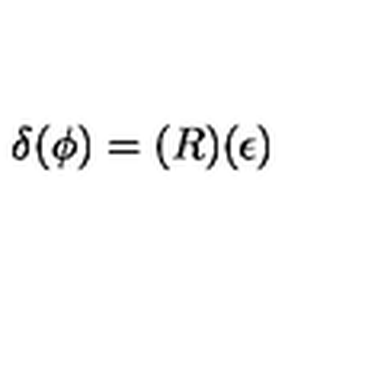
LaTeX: \delta ( \phi ) = ( R ) ( \epsilon )